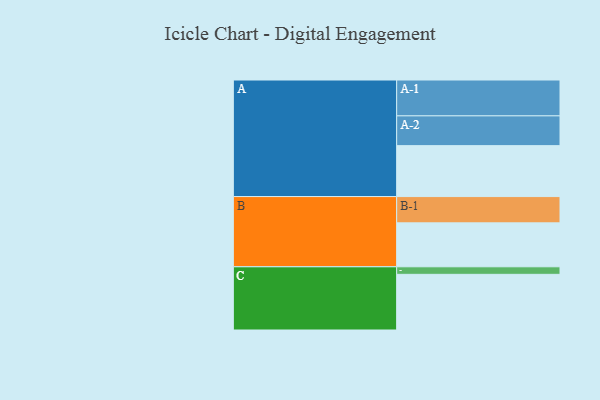
{"axis": {"x": "Segment", "y": "Value"}, "legend": ["", "A", "B", "C"], "data": [{"x": "A", "y": 378, "type": ""}, {"x": "B", "y": 326, "type": ""}, {"x": "C", "y": 413, "type": ""}, {"x": "A-1", "y": 266, "type": "A"}, {"x": "A-2", "y": 221, "type": "A"}, {"x": "B-1", "y": 195, "type": "B"}, {"x": "C-1", "y": 56, "type": "C"}]}